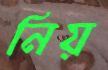
নিয়